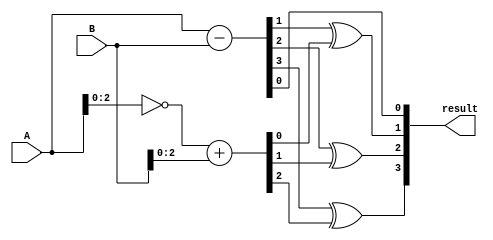
module carry_lookahead_subtractor (
    input [3:0] A,
    input [3:0] B,
    output [3:0] result
);

wire [3:0] diff;
wire [3:0] borrow;

assign diff = A - B;
assign borrow = ~A + B;

// Carry-lookahead logic
wire g0, p0, g1, p1, g2, p2, g3, p3;
assign g0 = A[0] & B[0];
assign p0 = A[0] ^ B[0];
assign g1 = (A[1] & B[1]) | (g0 & p0);
assign p1 = A[1] ^ B[1];
assign g2 = (A[2] & B[2]) | (g1 & p1);
assign p2 = A[2] ^ B[2];
assign g3 = (A[3] & B[3]) | (g2 & p2);
assign p3 = A[3] ^ B[3];

// XOR gates for subtraction
assign result[0] = diff[0];
assign result[1] = diff[1] ^ borrow[0];
assign result[2] = diff[2] ^ borrow[1];
assign result[3] = diff[3] ^ borrow[2];

endmodule